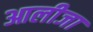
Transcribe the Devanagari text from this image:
आलीजा